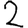
Digit: 2